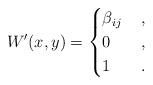
LaTeX: \begin{align*}W'(x,y)=\begin{cases}\beta_{ij} &\,, \\0 &\,, \\1 &\,.\end{cases}\end{align*}